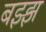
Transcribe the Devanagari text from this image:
बझ्झ